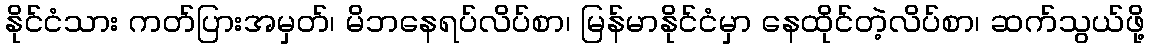
နိုင်ငံသား ကတ်ပြားအမှတ်၊ မိဘနေရပ်လိပ်စာ၊ မြန်မာနိုင်ငံမှာ နေထိုင်တဲ့လိပ်စာ၊ ဆက်သွယ်ဖို့